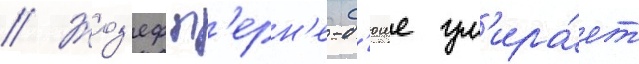
// Жоз'еф п'ерн'е-д'юше ум'ира́ет